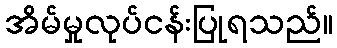
အိမ်မှုလုပ်ငန်းပြုရသည်။